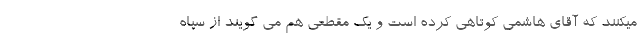
میکنند که آقای هاشمی کوتاهی کرده است و یک مقطعی هم می گویند از سپاه